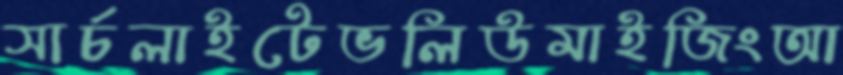
সার্চলাইটেভলিউমাইজিংআ